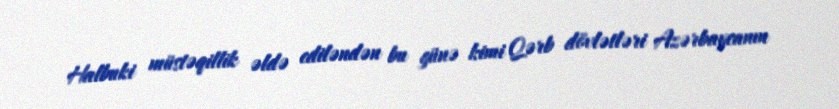
Halbuki müstəqillik əldə ediləndən bu günə kimi Qərb dövlətləri Azərbaycanın